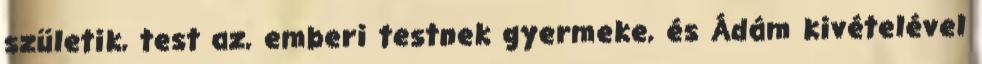
születik, test az, emberi testnek gyermeke, és Ádám kivételével